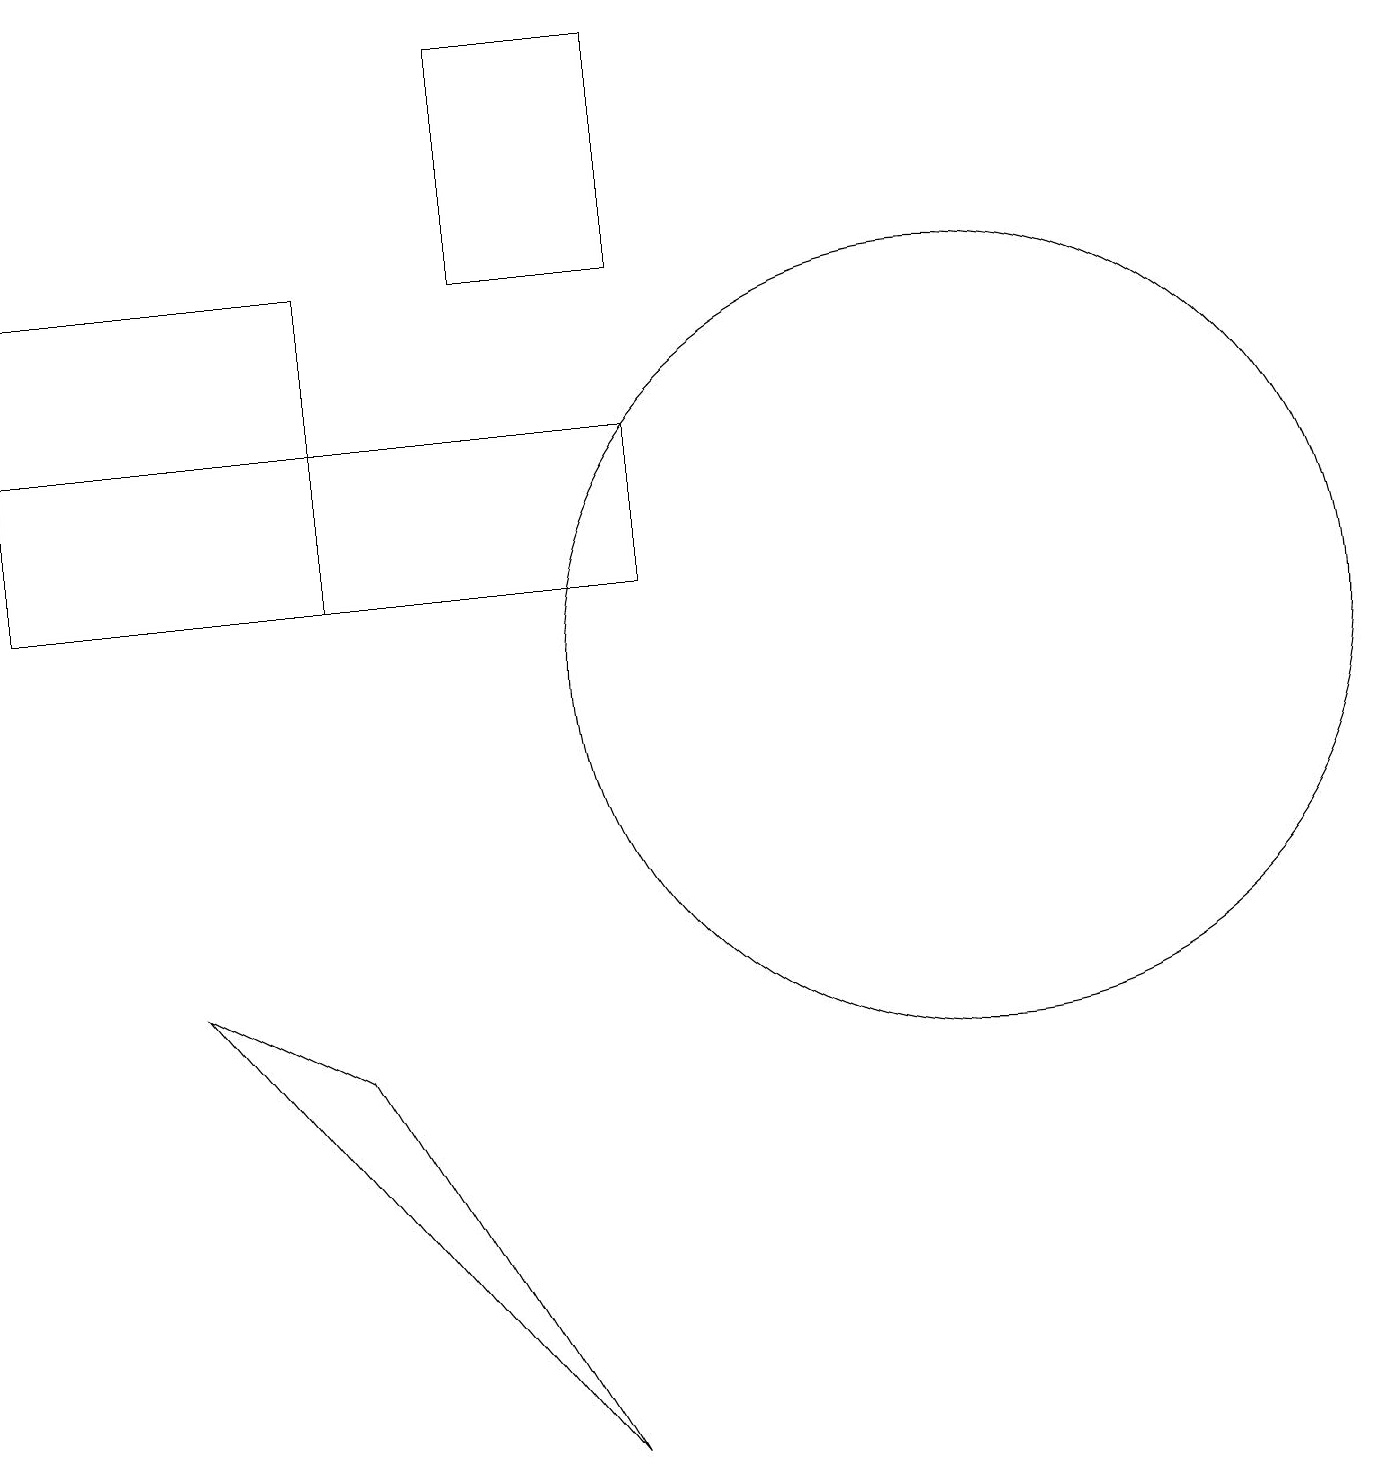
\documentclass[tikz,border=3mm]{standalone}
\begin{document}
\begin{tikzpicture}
\draw (6,19) rectangle (8,16);
\draw (0,14) rectangle (8,12);
\draw (12,11) circle (5);
\draw (7,1) -- (4,6) -- (2,7) -- cycle;
\draw (0,16) rectangle (4,12);
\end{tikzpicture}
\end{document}